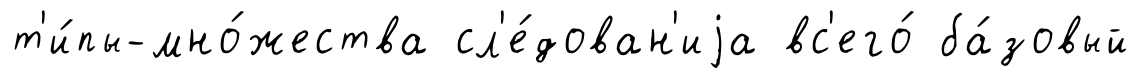
т'и́пы-мно́жества сл'е́дован'иjа вс'его́ ба́зовый